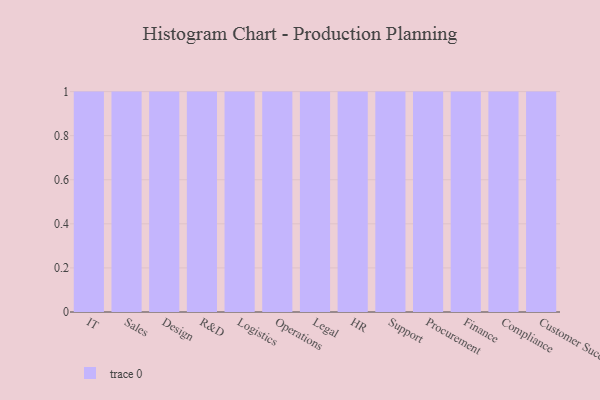
{"axis": {"x": "Department", "y": "Revenue (USD Million)"}, "legend": [""], "data": [{"x": "IT", "y": 10, "type": ""}, {"x": "Sales", "y": 99, "type": ""}, {"x": "Design", "y": 21, "type": ""}, {"x": "R&D", "y": 44, "type": ""}, {"x": "Logistics", "y": 60, "type": ""}, {"x": "Operations", "y": 68, "type": ""}, {"x": "Legal", "y": 60, "type": ""}, {"x": "HR", "y": 16, "type": ""}, {"x": "Support", "y": 82, "type": ""}, {"x": "Procurement", "y": 35, "type": ""}, {"x": "Finance", "y": 99, "type": ""}, {"x": "Compliance", "y": 87, "type": ""}, {"x": "Customer Success", "y": 75, "type": ""}]}